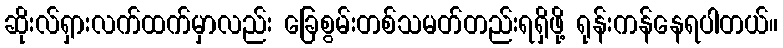
ဆိုးလ်ရှားလက်ထက်မှာလည်း ခြေစွမ်းတစ်သမတ်တည်းရရှိဖို့ ရုန်းကန်နေရပါတယ်။